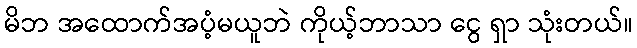
မိဘ အထောက်အပံ့မယူဘဲ ကိုယ့်ဘာသာ ငွေ ရှာ သုံးတယ်။